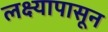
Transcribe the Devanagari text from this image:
लक्ष्यापासून